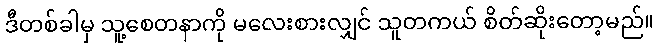
ဒီတစ်ခါမှ သူ့စေတနာကို မလေးစားလျှင် သူတကယ် စိတ်ဆိုးတော့မည်။